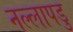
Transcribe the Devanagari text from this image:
नल्‍लापडु